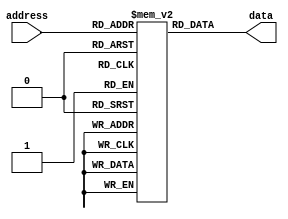
module MemoryBlocksAntiFuseROM (
    input wire [7:0] address,
    output reg [7:0] data
);

reg [7:0] memory [0:255]; // Creating memory blocks with anti-fuse elements

initial
begin
    // Initialize memory cells with data or instructions (example: storing ASCII values)
    memory[0] = 8'b01000001; // 'A'
    memory[1] = 8'b01000010; // 'B'
    // Add more memory cells as needed
end

always @(*) begin
    data = memory[address]; // Reading the contents of memory cell based on address
end

endmodule